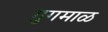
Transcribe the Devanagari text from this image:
गुगमाळ